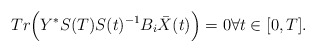
\begin{align*}Tr\Bigl(Y^*S(T)S(t)^{-1}B_i\bar{X}(t)\Bigr)=0 \forall t \in [0,T].\end{align*}